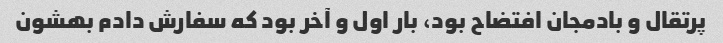
پرتقال و بادمجان افتضاح بود، بار اول و آخر بود که سفارش دادم بهشون